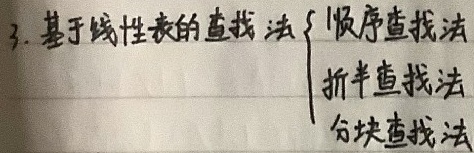
3. 基于线性表的查找法
    - 顺序查找法
    - 折半查找法
    - 分块查找法